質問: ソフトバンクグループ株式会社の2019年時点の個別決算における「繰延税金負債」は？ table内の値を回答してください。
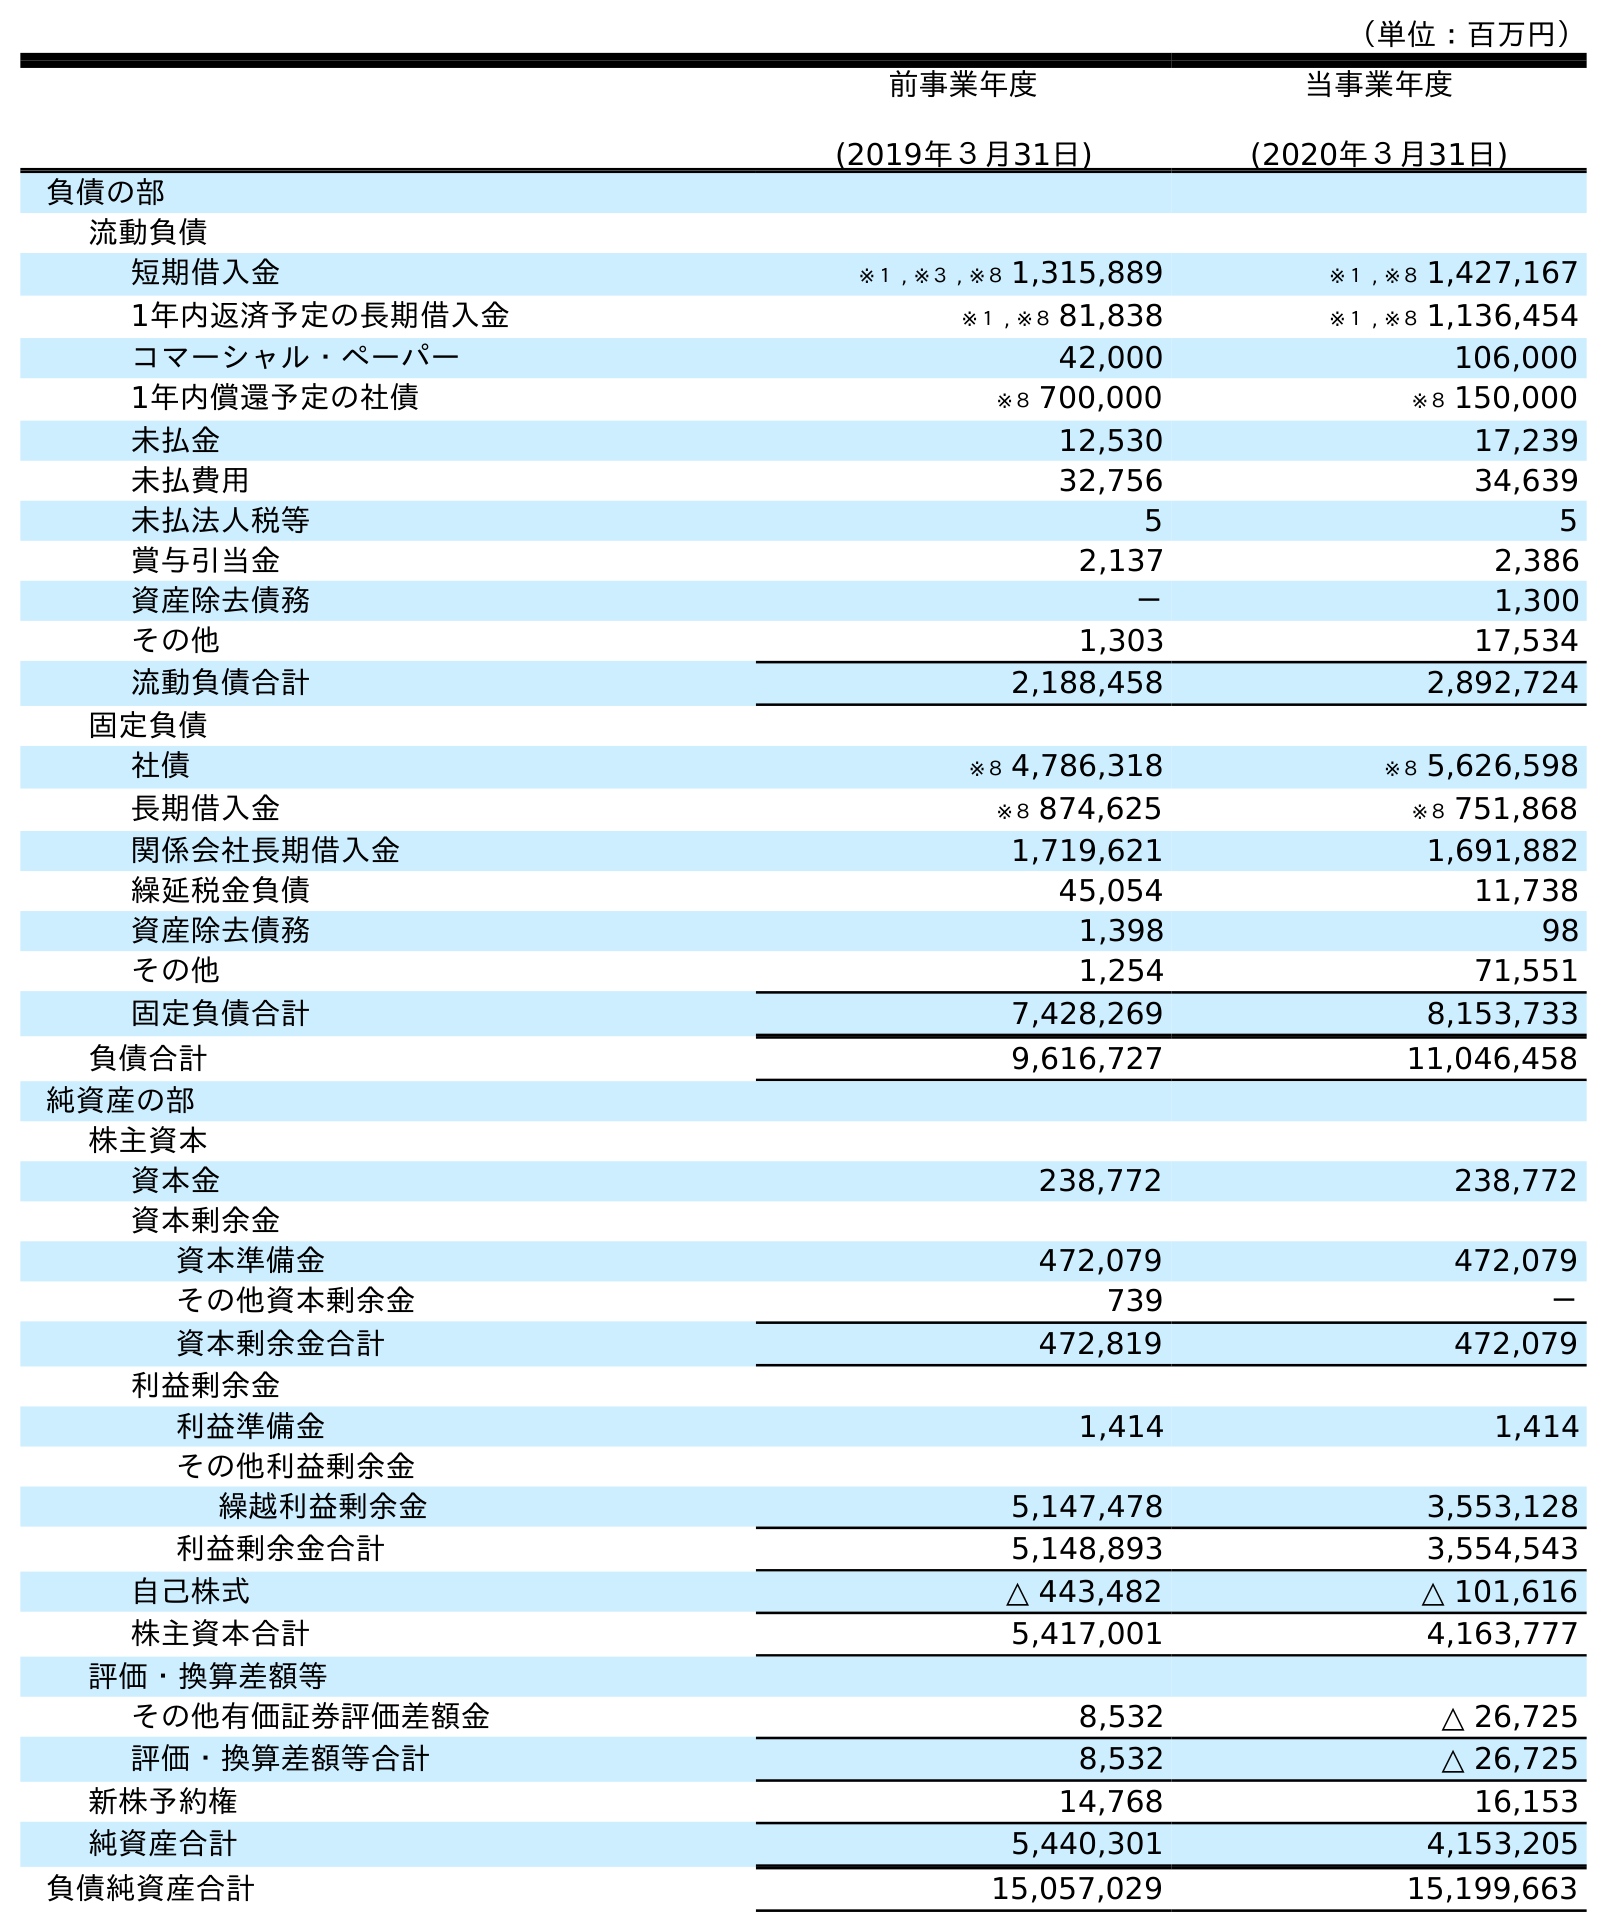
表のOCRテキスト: （単位：百万円） 前事業年度 (2019年３月31日) 当事業年度 (2020年３月31日) 負債の部 流動負債 短期借入金 ※１ , ※３ , ※８ 1,315,889 ※１ , ※８ 1,427,167 1年内返済予定の長期借入金 ※１ , ※８ 81,838 ※１ , ※８ 1,136,454 コマーシャル・ペーパー 42,000 106,000 1年内償還予定の社債 ※８ 700,000 ※８ 150,000 未払金 12,530 17,239 未払費用 32,756 34,639 未払法人税等 5 5 賞与引当金 2,137 2,386 資産除去債務 － 1,300 その他 1,303 17,534 流動負債合計 2,188,458 2,892,724 固定負債 社債 ※８ 4,786,318 ※８ 5,626,598 長期借入金 ※８ 874,625 ※８ 751,868 関係会社長期借入金 1,719,621 1,691,882 繰延税金負債 45,054 11,738 資産除去債務 1,398 98 その他 1,254 71,551 固定負債合計 7,428,269 8,153,733 負債合計 9,616,727 11,046,458 純資産の部 株主資本 資本金 238,772 238,772 資本剰余金 資本準備金 472,079 472,079 その他資本剰余金 739 － 資本剰余金合計 472,819 472,079 利益剰余金 利益準備金 1,414 1,414 その他利益剰余金 繰越利益剰余金 5,147,478 3,553,128 利益剰余金合計 5,148,893 3,554,543 自己株式 △ 443,482 △ 101,616 株主資本合計 5,417,001 4,163,777 評価・換算差額等 その他有価証券評価差額金 8,532 △ 26,725 評価・換算差額等合計 8,532 △ 26,725 新株予約権 14,768 16,153 純資産合計 5,440,301 4,153,205 負債純資産合計 15,057,029 15,199,663
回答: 45,054